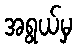
အရွယ်မှ